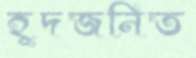
হূদজনিত